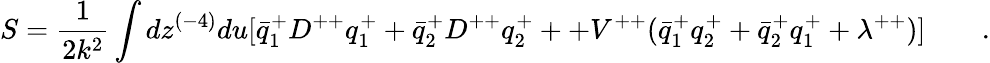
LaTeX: S={\frac{1}{2k^{2}}}\int dz^{(-4)}du[\bar{q}_{1}^{+}D^{++}q_{1}^{+}+\bar{q}_{2}^{+}D^{++}q_{2}^{+}++V^{++}(\bar{q}_{1}^{+}q_{2}^{+}+\bar{q}_{2}^{+}q_{1}^{+}+\lambda^{++})]\qquad.